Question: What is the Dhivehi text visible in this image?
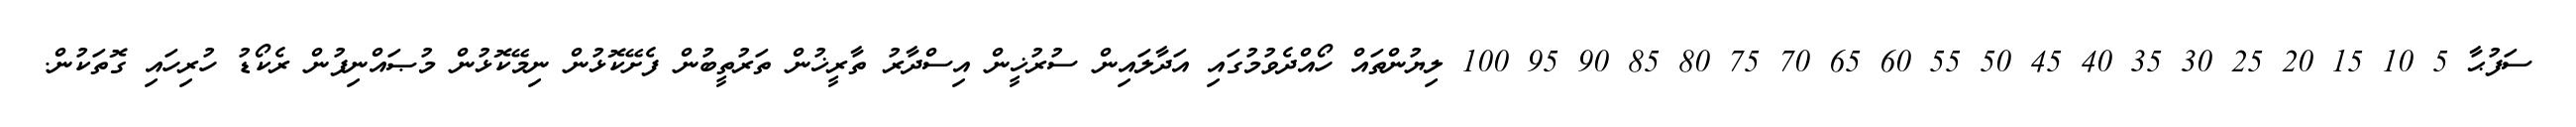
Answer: ސަފުޙާ 5 10 15 20 25 30 35 40 45 50 55 60 65 70 75 80 85 90 95 100 ލިޔުންތައް ހޯއްދެވުމުގައި އަދާލައިން ސުރުޚީން އިސްދާރު ތާރީޚުން ތަރުތީބުން ފެށޭކޮޅުން ނިމޭކޮޅުން މުޞައްނިފުން ރެކޯޑު ހުރިހައި ގޮތަކުން.